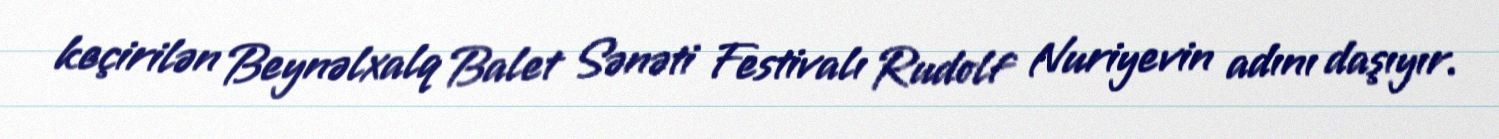
keçirilən Beynəlxalq Balet Sənəti Festivalı Rudolf Nuriyevin adını daşıyır.